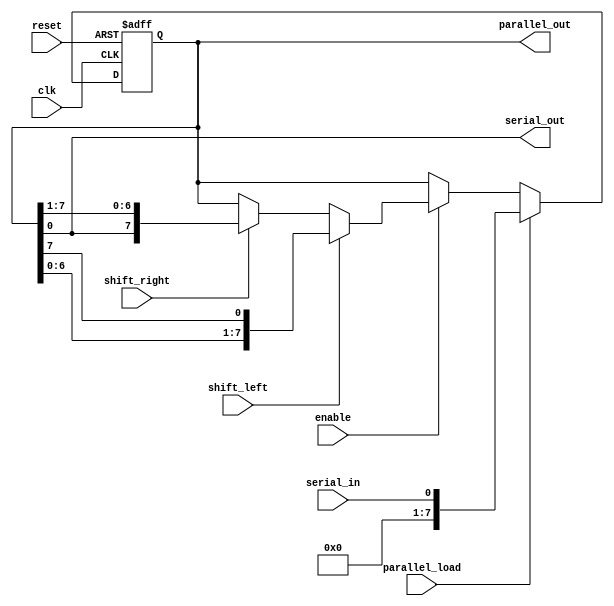
module UniversalShiftRegister (
    input wire clk,
    input wire reset,
    input wire shift_left,
    input wire shift_right,
    input wire parallel_load,
    input wire serial_in,
    input wire enable,
    output wire [7:0] parallel_out,
    output wire serial_out
);

reg [7:0] data;

always @(posedge clk or posedge reset) begin
    if (reset) begin
        data <= 8'b0;
    end else begin
        if (parallel_load) begin
            data <= serial_in;
        end else begin
            if (enable) begin
                if (shift_left) begin
                    data <= {data[6:0], data[7]};
                end else if (shift_right) begin
                    data <= {data[0], data[7:1]};
                end
            end
        end
    end
end

assign parallel_out = data;

assign serial_out = data[0];

endmodule